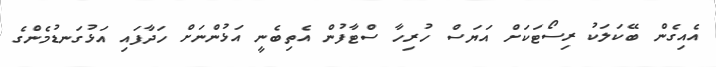
އެއިގެން ބޭކަލަކު ރިސޯޓަކަށް އަޔަސް ހުރިހާ ސްޓާފުން އެތިބެނީ އަޅުންނަށް ހަދާފައި އަޅުގަނޑުމެންގެ